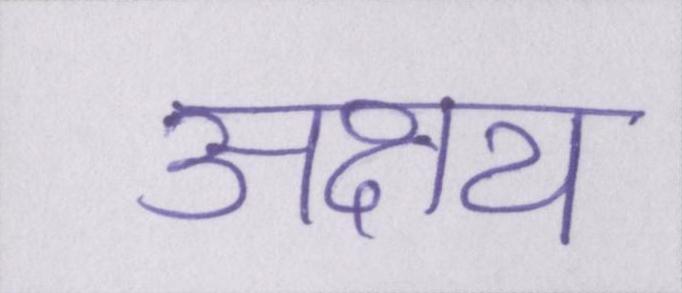
अक्षय